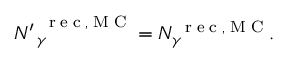
N { ^ { \prime \, } } _ { \gamma } ^ { \mathrm { ~ \tiny ~ r ~ e ~ c ~ , ~ M ~ C ~ } } = N _ { \gamma } ^ { \mathrm { ~ \tiny ~ r ~ e ~ c ~ , ~ M ~ C ~ } } .